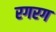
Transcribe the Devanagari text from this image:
रगरग